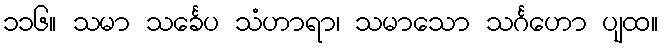
၁၁၆။ သမာ သင်္ခေပ သံဟာရာ၊ သမာသော သင်္ဂဟော ပျထ။